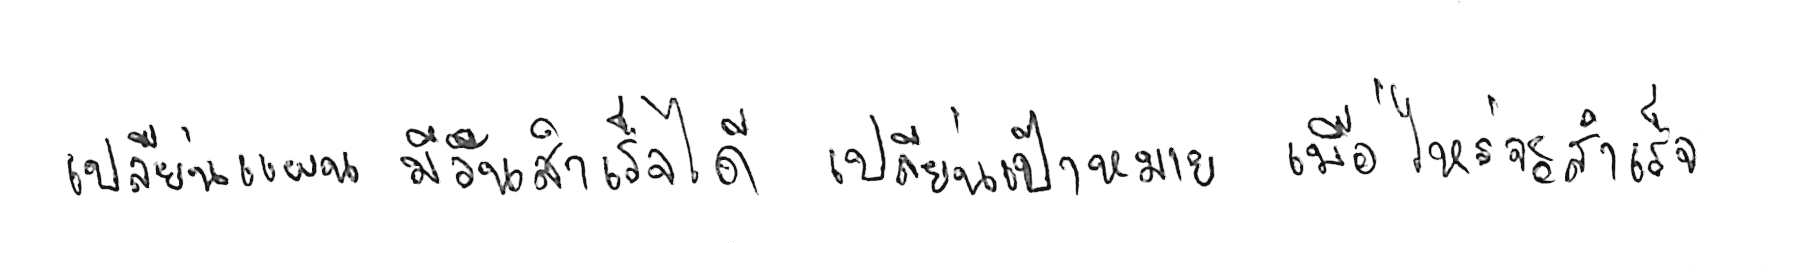
เปลี่ยนแผน มีวันสำเร็จได้ เปลี่ยนเป้าหมาย เมื่อไหร่จะสำเร็จ